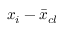
{ x } _ { i } - \bar { x } _ { c l }